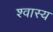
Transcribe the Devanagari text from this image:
श्वास्य